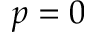
p = 0